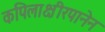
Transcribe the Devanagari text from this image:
कपिलाक्षीरपानेन